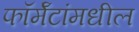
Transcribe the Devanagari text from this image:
फॉर्मॅटांमधील